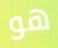
هو